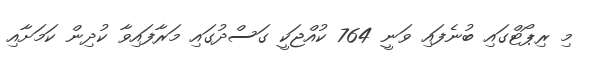
މި ރިޕޯޓްގައި ބުނެފައި ވަނީ 764 ކުއްޖަކީ ގަސްދުގައި މަރާފައިވާ ކުދިން ކަމަށާއި